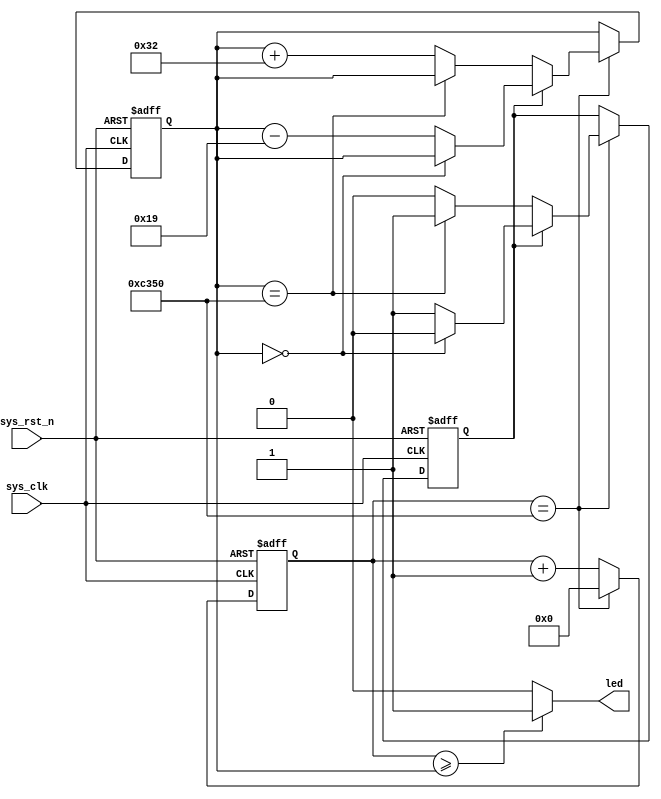
module breath_led(
    input   sys_clk   ,  //50Mhz
    input   sys_rst_n ,  //

    output  led          //LED
);

//reg define
reg  [15:0]  period_cnt ;   //1khz :1ms  :1ms/20ns=50000
reg  [15:0]  duty_cycle ;   //
reg          inc_dec_flag ; //0   1 


//LED
assign   led = (period_cnt >= duty_cycle) ?  1'b1  :  1'b0;

//
always @(posedge sys_clk or negedge sys_rst_n) begin
    if(!sys_rst_n)
        period_cnt <= 16'd0;
    else if(period_cnt == 16'd50000)
        period_cnt <= 16'd0;
    else
        period_cnt <= period_cnt + 1'b1;
end

//
always @(posedge sys_clk or negedge sys_rst_n) begin
    if(!sys_rst_n) begin
        duty_cycle   <= 16'd0;
        inc_dec_flag <= 1'b0;
    end
    else begin
        if(period_cnt == 16'd50000) begin    //1ms
            if(inc_dec_flag == 1'b0) begin   //
                if(duty_cycle == 16'd50000)  //
                    inc_dec_flag <= 1'b1;    //
                else                         //25
                    duty_cycle <= duty_cycle + 16'd50; // cycle = 2 * 50000 / 50 * 1ms = 2s
            end
            else begin                       //
                if(duty_cycle == 16'd0)      //0
                    inc_dec_flag <= 1'b0;    //
                else                         //25
                    duty_cycle <= duty_cycle - 16'd25;
            end
        end
    end
end

endmodule